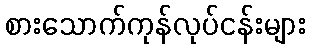
စားသောက်ကုန်လုပ်ငန်းများ